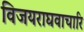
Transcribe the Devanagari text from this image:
विजयराघवाचारि